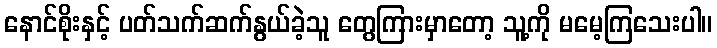
နောင်စိုးနှင့် ပတ်သက်ဆက်နွယ်ခဲ့သူ တွေကြားမှာတော့ သူ့ကို မမေ့ကြသေးပါ။